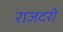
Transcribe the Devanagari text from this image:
राजदरी